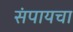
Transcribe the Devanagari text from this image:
संपायचा